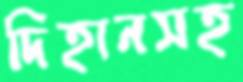
দিহানসহ